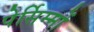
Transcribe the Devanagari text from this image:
पेर्सिम्मों